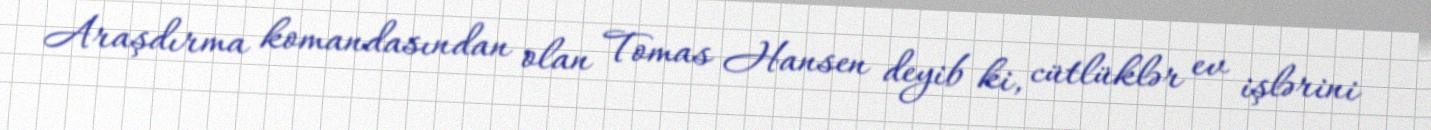
Araşdırma komandasından olan Tomas Hansen deyib ki, cütlüklər ev işlərini